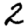
Digit: 2